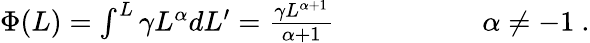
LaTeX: \begin{array}{rl}{\Phi(L)=\int^{L}\gamma L^{\alpha}dL^{\prime}=\frac{\gamma L^{\alpha+1}}{\alpha+1}\qquad\qquad}&{{}\ \alpha\neq-1\ .}\end{array}